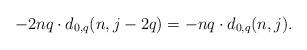
LaTeX: \begin{align*}-2nq\cdot d_{0,q}(n,j-2q)=-nq\cdot d_{0,q}(n,j).\end{align*}